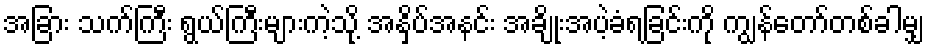
အခြား သက်ကြီး ရွယ်ကြီးများကဲ့သို့ အနှိပ်အနင်း အချိုးအပဲ့ခံရခြင်းကို ကျွန်တော်တစ်ခါမျှ